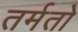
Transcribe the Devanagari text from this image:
तर्मतो